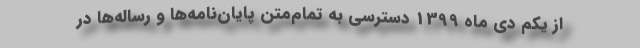
از یکم دی ماه 1399 دسترسی به تمام‌متن پایان‌نامه‌ها و رساله‌ها در